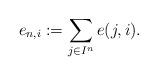
LaTeX: \begin{align*}e_{n,i}:=\sum_{j\in I^n}e(j,i).\end{align*}